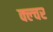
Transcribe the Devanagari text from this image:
क्ल्चर